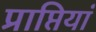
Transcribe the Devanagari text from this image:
प्राप्तियां